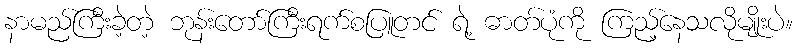
နာမည်ကြီးခဲ့တဲ့ ဘုန်းတော်ကြီးရက်စပြူတင် ရဲ့ ဓာတ်ပုံကို ကြည့်နေသလိုမျိုးပဲ။